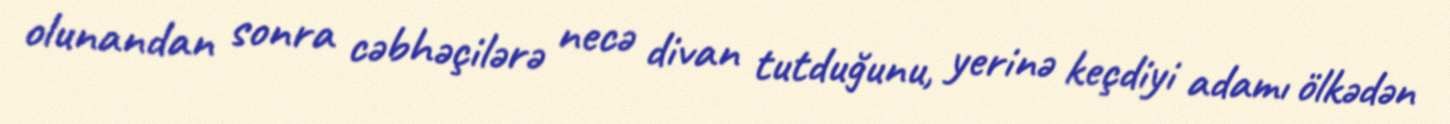
olunandan sonra cəbhəçilərə necə divan tutduğunu, yerinə keçdiyi adamı ölkədən